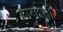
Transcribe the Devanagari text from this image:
लागऽती